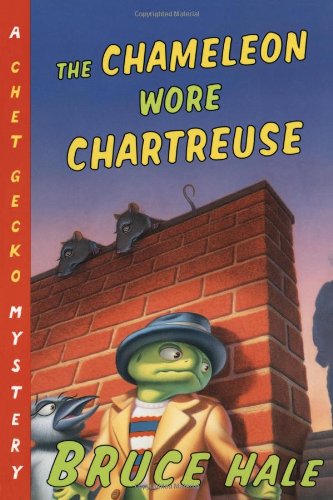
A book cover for The Chameleon Wore Chartreuse: A Chet Gecko Mystery; Bruce Hale; Children's Books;